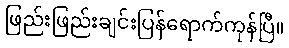
ဖြည်းဖြည်းချင်းပြန်ရောက်ကုန်ပြီ။